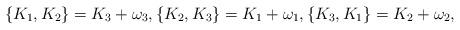
LaTeX: \begin{align*}\{K_1,K_2\}=K_3+\omega_3,\{K_2,K_3\}=K_1+\omega_1,\{K_3,K_1\}=K_2+\omega_2,\end{align*}